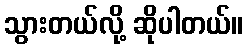
သွားတယ်လို့ ဆိုပါတယ်။